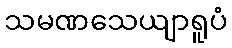
သမဏသေယျာရူပံ